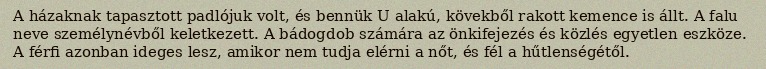
A házaknak tapasztott padlójuk volt, és bennük U alakú, kövekből rakott kemence is állt. A falu neve személynévből keletkezett. A bádogdob számára az önkifejezés és közlés egyetlen eszköze. A férfi azonban ideges lesz, amikor nem tudja elérni a nőt, és fél a hűtlenségétől.